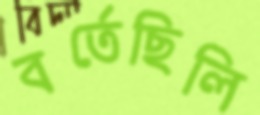
বর্তেছিলি